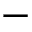
-